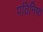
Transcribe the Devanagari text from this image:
पतिनिष्ठ